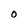
Character: O